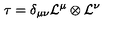
\tau = \delta _ { \mu \nu } { \cal L } ^ { \mu } \otimes { \cal L } ^ { \nu }